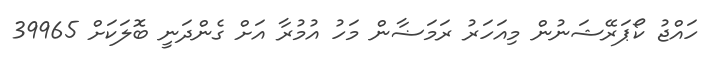
ހައްޖު ކޯޕަރޭޝަނުން މިއަހަރު ރަމަޟާން މަހު އުމުރާ އަށް ގެންދަނީ ބޮލަކަށް 39965